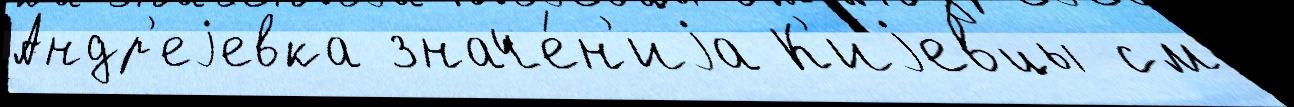
Андр'еjевка значе́н'иjа К'иjевцы см